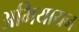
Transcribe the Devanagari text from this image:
अभियायन